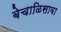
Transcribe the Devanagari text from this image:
बेचाळिसावा